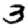
Digit: 3